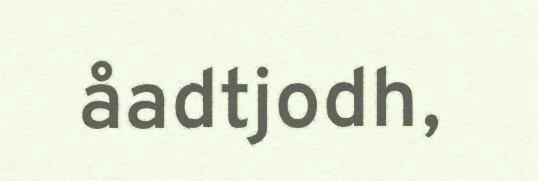
åadtjodh,